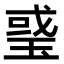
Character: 𤦂